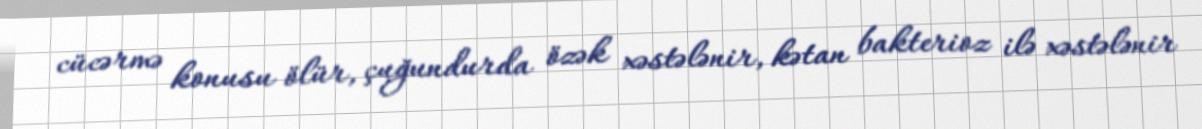
cücərmə konusu ölür, çuğundurda özək xəstələnir, kətan bakterioz ilə xəstələnir